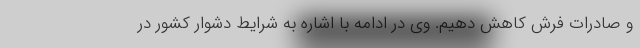
و صادرات فرش کاهش دهیم. وی در ادامه با اشاره به شرایط دشوار کشور در